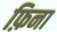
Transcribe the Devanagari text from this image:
फ़िना